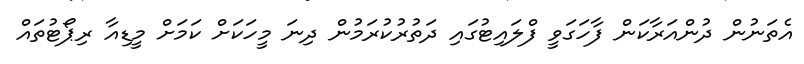
އެތަނުން ދުންއަރާކަން ފާހަގަވީ ފްލައިޓުގައި ދަތުރުކުރަމުން ދިނަ މީހަކަށް ކަމަށް މީޑިއާ ރިޕޯޓުތައް